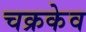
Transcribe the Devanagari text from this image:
चक्रकेव